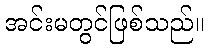
အင်းမတွင်ဖြစ်သည်။